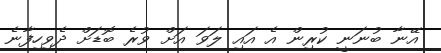
އޭނާ ބުނަނީ ކުރިން އެ އައި ލަވަ އަށް ވުރެ ބޮޑަށް ދެވިހިފާނެ